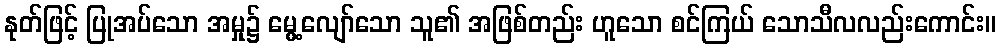
နုတ်ဖြင့် ပြုအပ်သော အမှု၌ မွေ့လျော်သော သူ၏ အဖြစ်တည်း ဟူသော စင်ကြယ် သောသီလလည်းကောင်း။